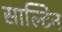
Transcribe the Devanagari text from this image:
साल्टिन